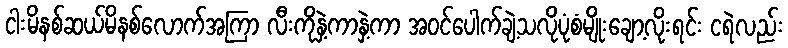
ငါးမိနစ်ဆယ်မိနစ်လောက်အကြာ လီးကိုနှဲ့ကာနှဲ့ကာ အဝင်ပေါက်ချဲ့သလိုပုံစံမျိုးချော့လိုးရင်း ငရဲလည်း